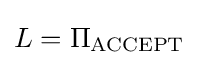
L=\Pi _{\text{ACCEPT}}